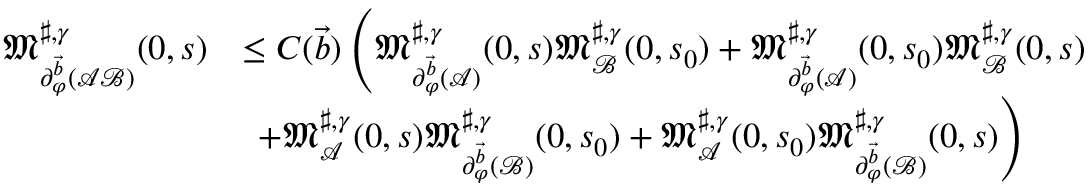
\begin{array} { r l } { \mathfrak { M } _ { \partial _ { \varphi } ^ { \vec { b } } ( \mathcal { A } \mathcal { B } ) } ^ { \sharp , \gamma } ( 0 , s ) } & { \le C ( \vec { b } ) \left( \mathfrak { M } _ { \partial _ { \varphi } ^ { \vec { b } } ( \mathcal { A } ) } ^ { \sharp , \gamma } ( 0 , s ) \mathfrak { M } _ { \mathcal { B } } ^ { \sharp , \gamma } ( 0 , s _ { 0 } ) + \mathfrak { M } _ { \partial _ { \varphi } ^ { \vec { b } } ( \mathcal { A } ) } ^ { \sharp , \gamma } ( 0 , s _ { 0 } ) \mathfrak { M } _ { \mathcal { B } } ^ { \sharp , \gamma } ( 0 , s ) \right. } \\ & { \left. \ + \mathfrak { M } _ { \mathcal { A } } ^ { \sharp , \gamma } ( 0 , s ) \mathfrak { M } _ { \partial _ { \varphi } ^ { \vec { b } } ( \mathcal { B } ) } ^ { \sharp , \gamma } ( 0 , s _ { 0 } ) + \mathfrak { M } _ { \mathcal { A } } ^ { \sharp , \gamma } ( 0 , s _ { 0 } ) \mathfrak { M } _ { \partial _ { \varphi } ^ { \vec { b } } ( \mathcal { B } ) } ^ { \sharp , \gamma } ( 0 , s ) \right) } \end{array}